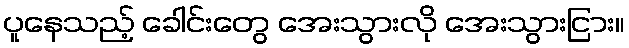
ပူနေသည့် ခေါင်းတွေ အေးသွားလို အေးသွားငြား။